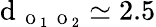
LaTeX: \textrm{d}_{\mathrm{~\scriptsize~O~}_{1}\mathrm{~\scriptsize~O~}_{2}}\simeq 2.5